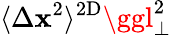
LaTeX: \langle\Delta\mathbf{x}^{2}\rangle^{\mathrm{{2D}}}\ggl_{\perp}^{2}